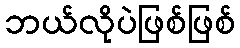
ဘယ်လိုပဲဖြစ်ဖြစ်